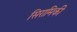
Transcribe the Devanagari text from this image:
सिरामिकी